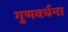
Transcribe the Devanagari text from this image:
गुणवर्धना